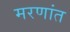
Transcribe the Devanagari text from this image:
मरणांत